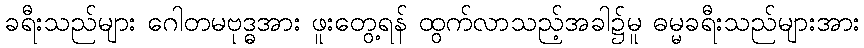
ခရီးသည်များ ဂေါတမဗုဒ္ဓအား ဖူးတွေ့ရန် ထွက်လာသည့်အခါ၌မူ ဓမ္မခရီးသည်များအား